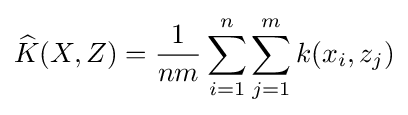
{\widehat {K}}(X,Z)={\frac {1}{nm}}\sum _{i=1}^{n}\sum _{j=1}^{m}k(x_{i},z_{j})